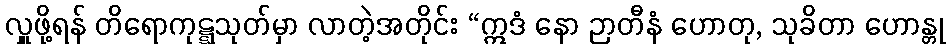
လှူဖို့ရန် တိရောကုဋ္ဋသုတ်မှာ လာတဲ့အတိုင်း “ဣဒံ နော ဉာတီနံ ဟောတု, သုခိတာ ဟောန္တု